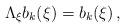
LaTeX: \begin{align*}\Lambda_\xi b_k(\xi) = b_k(\xi)\,,\end{align*}